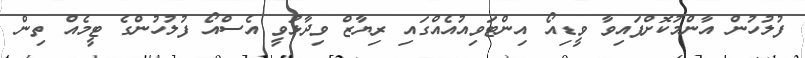
ފުލުހުން އާންމުކޮށްފައިވާ ވީޑިއޯ އިންޓަވިއުއެއްގައި ރިޔާޒް ވިދާޅުވީ އެސްއޯ ފުލުހުންގެ ޓީމެއް ތިން